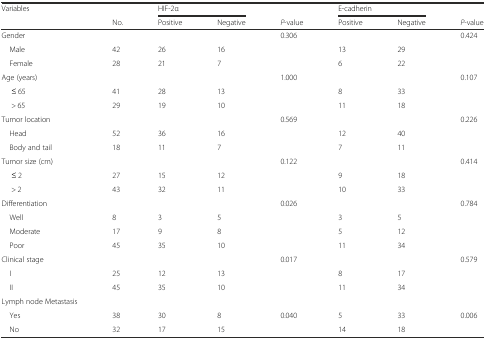
| <ROWSPAN=2> Variables |  | <COLSPAN=2> HIF-2α |  | <COLSPAN=2> E-cadherin |  |
 | No. | Positive | Negative | P-value | Positive | Negative | P-value |
 | --- | --- | --- | --- | --- | --- | --- | --- |
 | Gender |  |  |  | 0.306 |  |  | 0.424 |
 | Male | 42 | 26 | 16 |  | 13 | 29 |  |
 | Female | 28 | 21 | 7 |  | 6 | 22 |  |
 | Age (years) |  |  |  | 1.000 |  |  | 0.107 |
 | ≤ 65 | 41 | 28 | 13 |  | 8 | 33 |  |
 | > 65 | 29 | 19 | 10 |  | 11 | 18 |  |
 | Tumor location |  |  |  | 0.569 |  |  | 0.226 |
 | Head | 52 | 36 | 16 |  | 12 | 40 |  |
 | Body and tail | 18 | 11 | 7 |  | 7 | 11 |  |
 | Tumor size (cm) |  |  |  | 0.122 |  |  | 0.414 |
 | ≤ 2 | 27 | 15 | 12 |  | 9 | 18 |  |
 | > 2 | 43 | 32 | 11 |  | 10 | 33 |  |
 | Differentiation |  |  |  | 0.026 |  |  | 0.784 |
 | Well | 8 | 3 | 5 |  | 3 | 5 |  |
 | Moderate | 17 | 9 | 8 |  | 5 | 12 |  |
 | Poor | 45 | 35 | 10 |  | 11 | 34 |  |
 | Clinical stage |  |  |  | 0.017 |  |  | 0.579 |
 | I | 25 | 12 | 13 |  | 8 | 17 |  |
 | II | 45 | 35 | 10 |  | 11 | 34 |  |
 | Lymph node Metastasis |  |  |  |  |  |  |  |
 | Yes | 38 | 30 | 8 | 0.040 | 5 | 33 | 0.006 |
 | No | 32 | 17 | 15 |  | 14 | 18 |  |